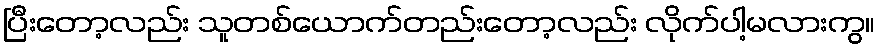
ပြီးတော့လည်း သူတစ်ယောက်တည်းတော့လည်း လိုက်ပါ့မလားကွ။